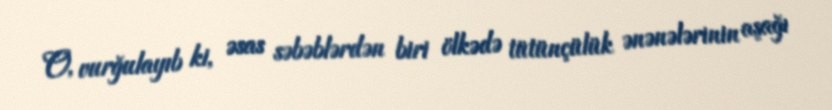
O, vurğulayıb ki, əsas səbəblərdən biri ölkədə tütünçülük ənənələrinin aşağı